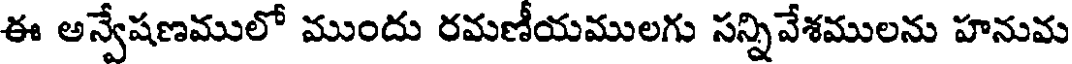
ఈ అన్వేషణములో ముందు రమణీయములగు సన్నివేశములను హనుమ